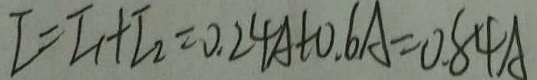
I = I _ { 1 } + I _ { 2 } = 0 . 2 4 A + 0 . 6 A = 0 . 8 4 A